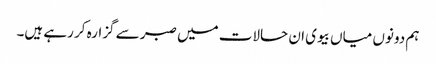
ہم دونوں میاں بیوی ان حالات میں صبر سے گزارہ کر رہے ہیں۔